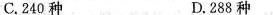
C.240种 D.288种